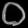
Digit: ၀